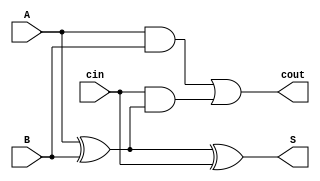
`timescale 1ns / 1ps
//////////////////////////////////////////////////////////////////////////////////
// Company: 
// Engineer: 
// 
// Design Name: 
// Module Name: FA1
// Project Name: 
// Target Devices: 
// Tool Versions: 
// Description: 
// 
// Dependencies: 
// 
// Revision:
// Revision 0.01 - File Created
// Additional Comments:
// 
//////////////////////////////////////////////////////////////////////////////////


module FA1(A,B,cin,S,cout);
input A,B,cin;
output S,cout;

assign S = A^B^cin;
assign cout = A&B|cin&(A^B);
endmodule